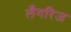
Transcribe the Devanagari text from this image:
लँगरिज